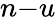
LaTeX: n{-}u